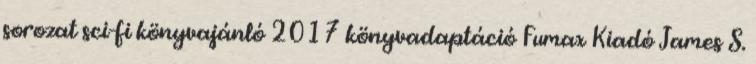
sorozat sci-fi könyvajánló 2017 könyvadaptáció Fumax Kiadó James S.